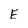
Character: E